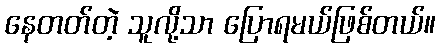
နေတတ်တဲ့ သူလို့သာ ပြောရမယ်ဖြစ်တယ်။